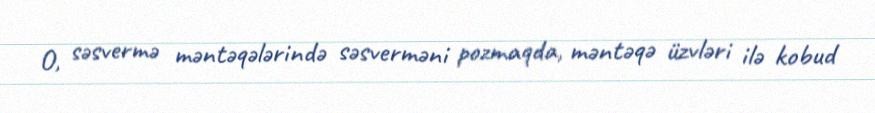
O, səsvermə məntəqələrində səsverməni pozmaqda, məntəqə üzvləri ilə kobud